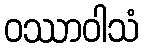
ဝဿာဝါသံ